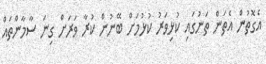
އެގޮތުން އެތަން ތަނުގައި ކުޅިވަރު ކުޅުމަށް ބޭނުން ކުރާ ވަރަށް ގިނަ ސާމާންތައް